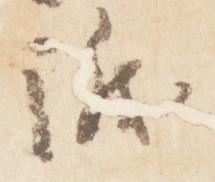
議